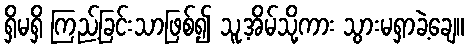
ရှိမရှိ ကြည့်ခြင်းသာဖြစ်၍ သူ့အိမ်သို့ကား သွားမရှာခဲ့ချေ။